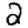
Digit: 2